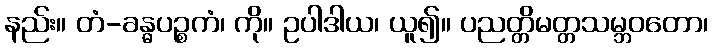
နည်း။ တံ-ခန္ဓပဉ္စကံ၊ ကို။ ဥပါဒါယ၊ ယူ၍။ ပညတ္တိမတ္တသမ္ဘဝတော၊